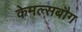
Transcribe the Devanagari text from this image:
केमल्सबौग